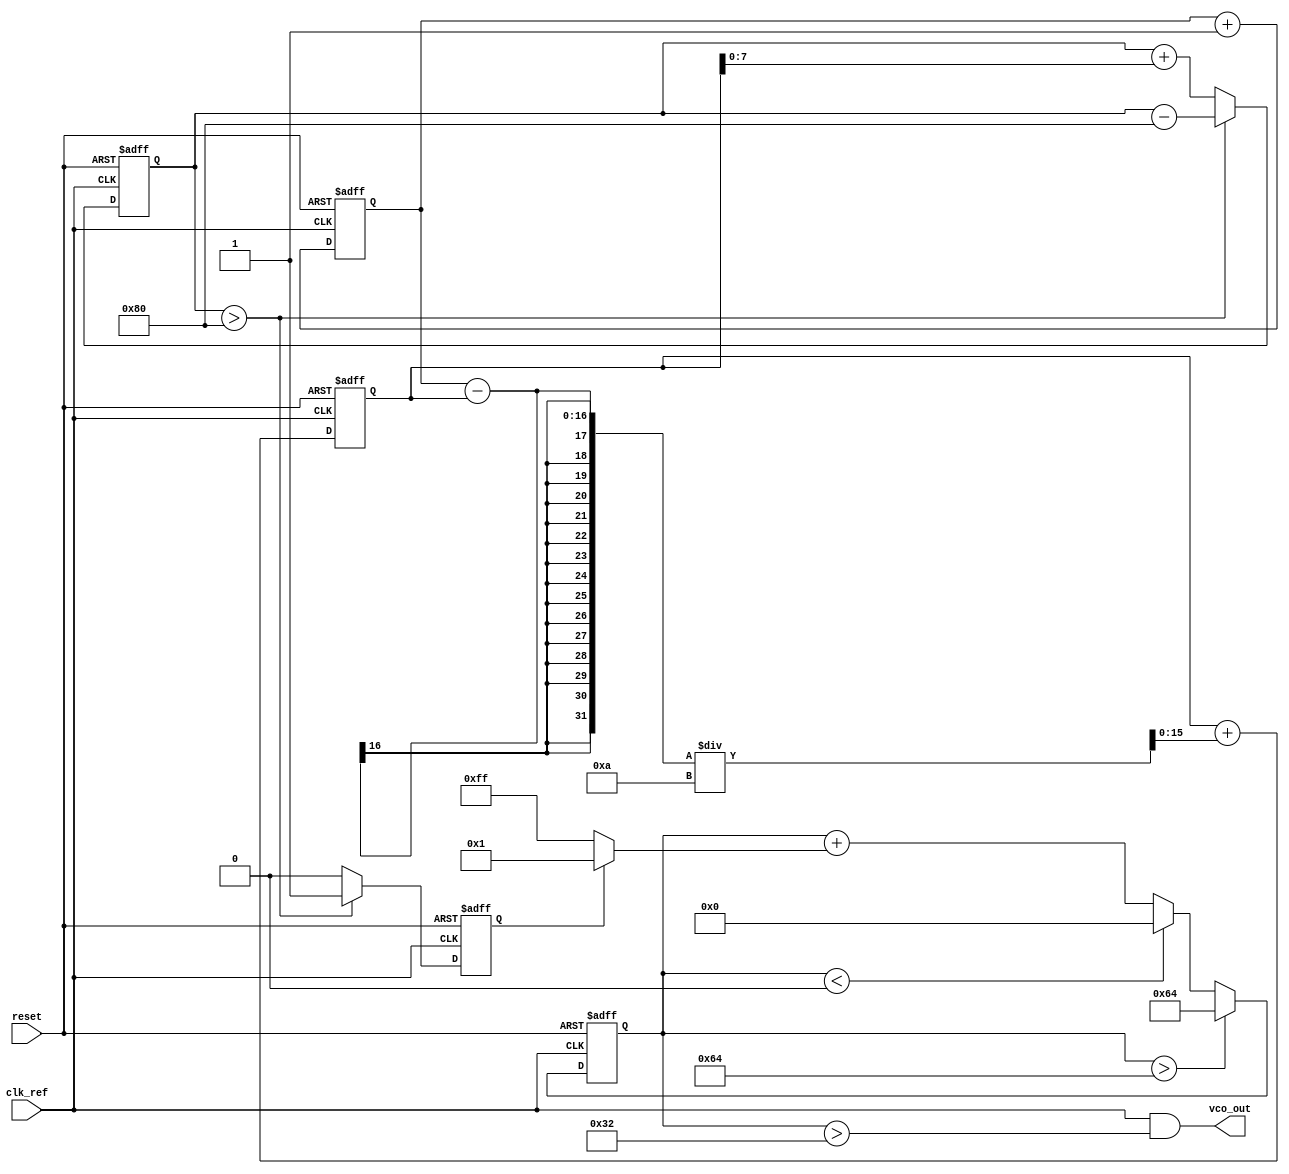
module SigmaDeltaPLL (
    input wire clk_ref,             // Reference clock input
    input wire reset,               // Asynchronous reset
    output wire vco_out             // VCO output
);

// Parameters
parameter LOOP_BANDWIDTH = 10;     // Loop bandwidth (example)
parameter OVERSAMPLING_RATIO = 256; // Example oversampling ratio
parameter VCO_TUNING_RANGE = 100;   // Example VCO tuning range

// Internal signals
reg [15:0] phase_difference;        // Phase difference output from PD
reg [15:0] loop_filter_out;         // Output from loop filter
reg [15:0] sigma_delta_in;          // Input to sigma-delta modulator
reg vco_control;                    // Control signal for the VCO

// Phase Detector (PD)
always @(posedge clk_ref or posedge reset) begin
    if (reset) begin
        phase_difference <= 16'b0;
    end else begin
        // Simplified phase detector logic (to be replaced with actual PD implementation)
        // Assume incoming signal is sampled and phase difference is calculated
        phase_difference <= phase_difference + 1; // Placeholder logic
    end
end

// Loop Filter (Low-pass Filter)
always @(posedge clk_ref or posedge reset) begin
    if (reset) begin
        loop_filter_out <= 16'b0;
    end else begin
        // Simple first-order low-pass filter
        loop_filter_out <= loop_filter_out + (phase_difference - loop_filter_out) / LOOP_BANDWIDTH;
    end
end

// Sigma-Delta Modulator
reg [7:0] integrator;
reg quantizer;

always @(posedge clk_ref or posedge reset) begin
    if (reset) begin
        integrator <= 8'b0;
        quantizer <= 1'b0;
    end else begin
        // Integrate the loop filter output
        integrator <= integrator + loop_filter_out[7:0]; // Example using lower bits
        // Simple quantizer (1-bit ADC)
        if (integrator > OVERSAMPLING_RATIO / 2) begin
            quantizer <= 1'b1;
            integrator <= integrator - (OVERSAMPLING_RATIO / 2); // Feedback to integrator
        end else begin
            quantizer <= 1'b0;
        end
    end
end

// Voltage-Controlled Oscillator (VCO)
reg [7:0] vco_freq;

always @(posedge clk_ref or posedge reset) begin
    if (reset) begin
        vco_freq <= 8'b0;
    end else begin
        // Adjust VCO frequency based on quantizer output
        vco_freq <= vco_freq + (quantizer ? 1 : -1); // Simple increment/decrement logic
        if (vco_freq > VCO_TUNING_RANGE) begin
            vco_freq <= VCO_TUNING_RANGE; // Ensure within range
        end else if (vco_freq < 8'b0) begin
            vco_freq <= 8'b0; // Ensure within range
        end
    end
end

// Generate VCO output based on frequency control
assign vco_out = (clk_ref && (vco_freq > VCO_TUNING_RANGE / 2)); // Example output logic

endmodule